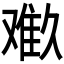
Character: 𱍾